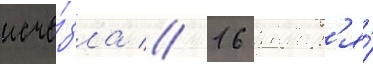
исче́зла // 16 январ'я́